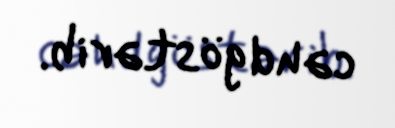
cəhd göstərib.